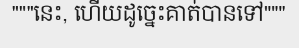
"""នេះ, ហើយដូច្នេះគាត់បានទៅ"""